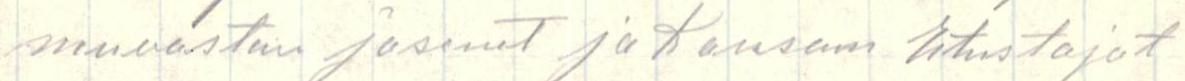
neuvoston jäsenet ja Kansan Etustajat